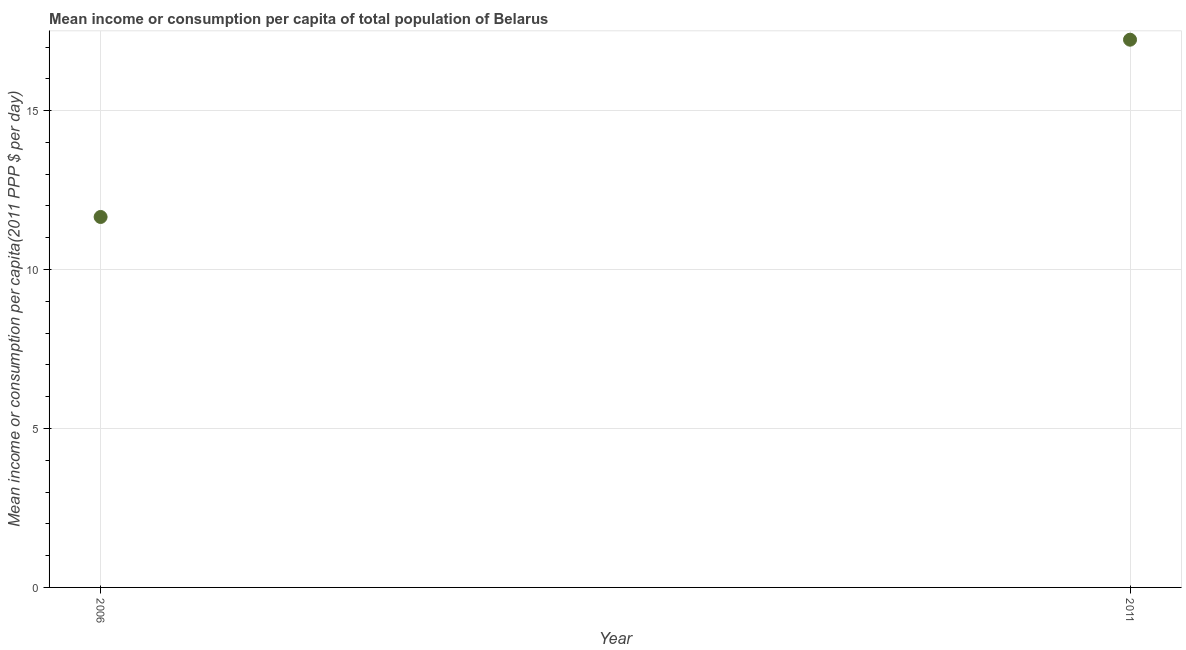
| Year | Total population |
 | --- | --- |
 | 2006 | 11.7 |
 | 2011 | 17.2 |